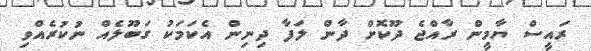
ރައީސް ޔާމީން ރާއްޖެ ދޫކޮށް ދާން ލަފާ ދިނިން އެކަމަކު ގަބޫލެއް ނުކުރެއްވި